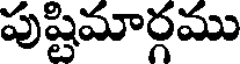
పుష్టిమార్గము